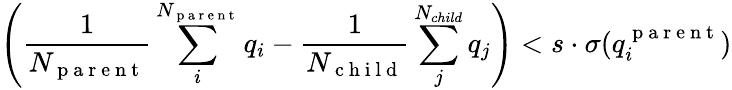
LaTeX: \left(\frac{1}{{N_{\mathrm{~p~a~r~e~n~t~}}}}\sum_{i}^{N_{\mathrm{~p~a~r~e~n~t~}}}q_{i}-\frac{1}{{N_{\mathrm{~c~h~i~l~d~}}}}\sum_{j}^{N_{child}}q_{j}\right)<s\cdot\sigma(q_{i}^{\mathrm{~p~a~r~e~n~t~}})